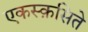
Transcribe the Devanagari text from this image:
एकस्क़सिते